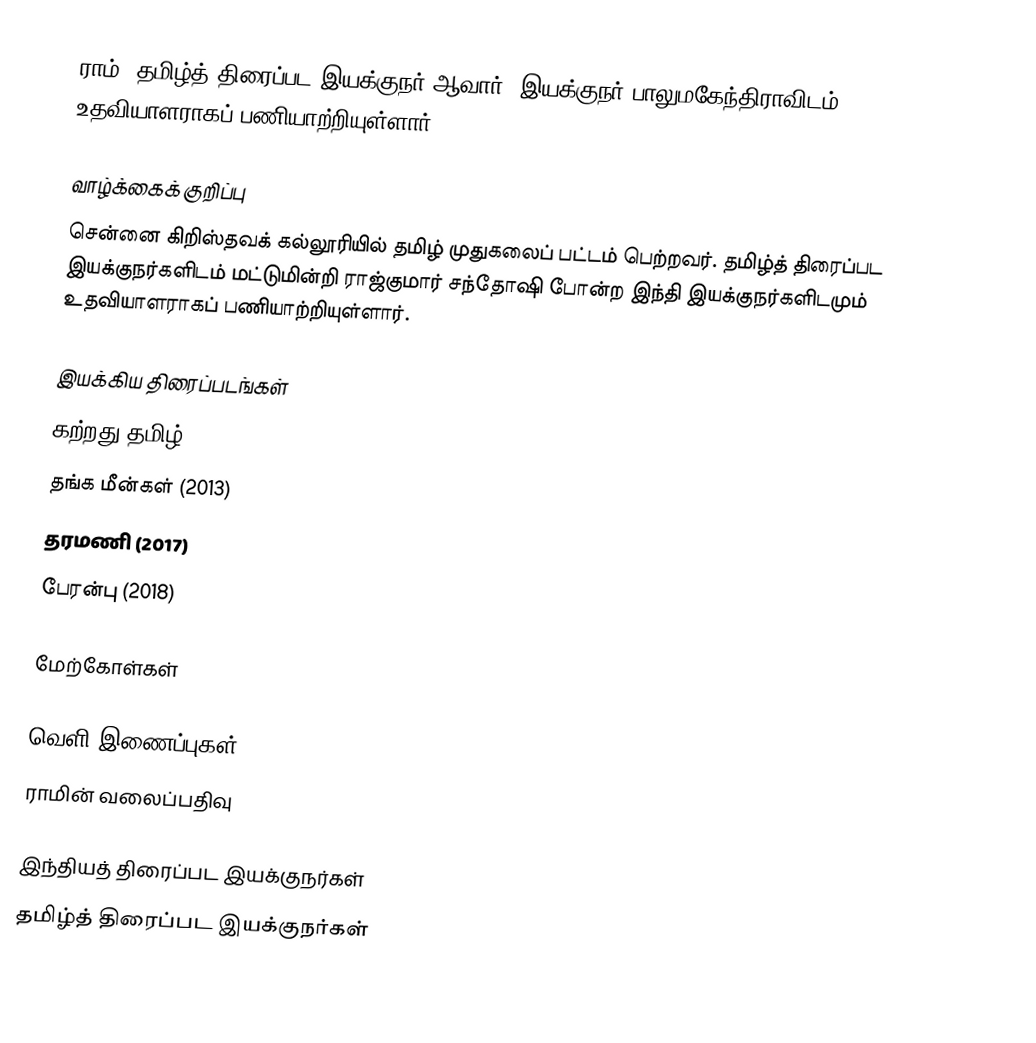
ராம், தமிழ்த் திரைப்பட இயக்குநர் ஆவார். இயக்குநர் பாலுமகேந்திராவிடம் உதவியாளராகப் பணியாற்றியுள்ளார்.

வாழ்க்கைக் குறிப்பு
சென்னை கிறிஸ்தவக் கல்லூரியில் தமிழ் முதுகலைப் பட்டம் பெற்றவர். தமிழ்த் திரைப்பட இயக்குநர்களிடம் மட்டுமின்றி ராஜ்குமார் சந்தோஷி போன்ற இந்தி இயக்குநர்களிடமும் உதவியாளராகப் பணியாற்றியுள்ளார்.

இயக்கிய திரைப்படங்கள்
 கற்றது தமிழ் (2007)
 தங்க மீன்கள் (2013)
 தரமணி (2017)
 பேரன்பு (2018)

மேற்கோள்கள்

வெளி இணைப்புகள்
 ராமின் வலைப்பதிவு

இந்தியத் திரைப்பட இயக்குநர்கள்
தமிழ்த் திரைப்பட இயக்குநர்கள்